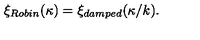
\xi _ { R o b i n } ( \kappa ) = \xi _ { d a m p e d } ( \kappa / k ) .